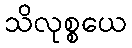
သိလုစ္စယေ